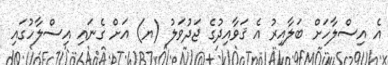
އެ އިސްލާހަށް ބަލާއިރު އެ ޤަވާއިދުގެ ޖަދުވަލު (ޔ) އަށް ގެނައި އިސްލާހުގައި